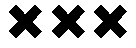
×××